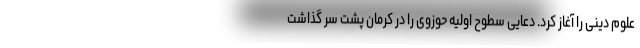
علوم دینی را آغاز کرد. دعایی سطوح اولیه حوزوی را در کرمان پشت سر گذاشت